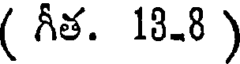
( గీత. 13-8 )